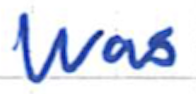
Text: was
Cross-out: clean
Writing tool: ballpoint